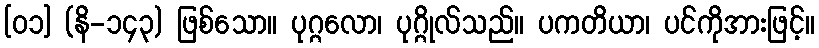
[၀၁] (နိ-၁၄၃) ဖြစ်သော။ ပုဂ္ဂလော၊ ပုဂ္ဂိုလ်သည်။ ပကတိယာ၊ ပင်ကိုအားဖြင့်။